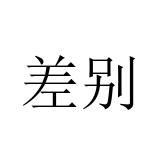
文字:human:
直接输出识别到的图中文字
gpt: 差别